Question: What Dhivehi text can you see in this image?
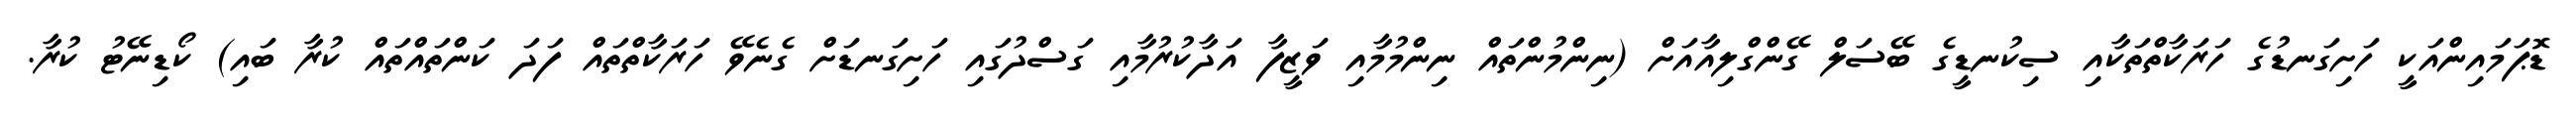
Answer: ޑޮޕަމައިންއަކީ ހަށިގަނޑުގެ ހަރަކާތްތަކާއި ސިކުނޑީގެ ބޭސަލް ގޭންގްލިއާއަށް (ނިންމުންތައް ނިންމުމާއި ވަޒީފާ އަދާކުރުމާއި ގަސްދުގައި ހަށިގަނޑަށް ގެނެވޭ ހަރަކާތްތައް ފަދަ ކަންތައްތައް ކުރާ ބައި) ކޯޑިނޭޓު ކުރާ.